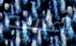
أغلبية